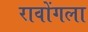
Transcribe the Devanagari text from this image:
रावोंगला